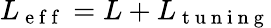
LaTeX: L_{\mathrm{~e~f~f~}}=L+L_{\mathrm{~t~u~n~i~n~g~}}